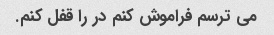
می ترسم فراموش کنم در را قفل کنم.